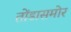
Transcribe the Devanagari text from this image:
तोंडासमोर